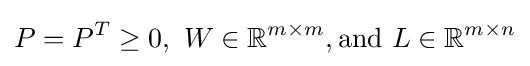
P=P^{T}\geq 0,{\text{ }}W\in \mathbb {R} ^{m\times m},{\text{and }}L\in \mathbb {R} ^{m\times n}